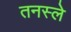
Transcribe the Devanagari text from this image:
तनस्ले